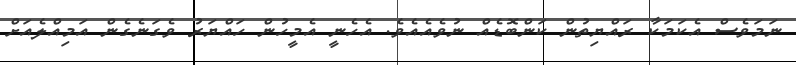
ނަމަވެސް އެކަމަކާ ރައްޔިތުން ކަންބޮޑެއް ނުވެއެއެވެ. އެހެނީ އެމީހުން ހައްޔަރު ވެގަނެގެން އަމިއްލެއަށް